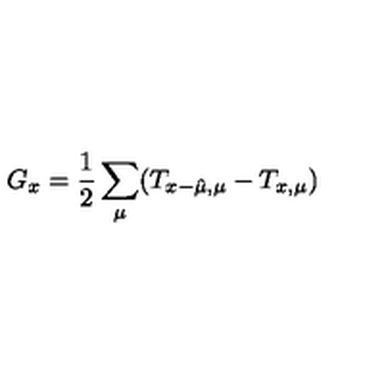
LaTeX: G _ { x } = \frac { 1 } { 2 } \sum _ { \mu } ( T _ { x - \hat { \mu } , \mu } - T _ { x , \mu } )